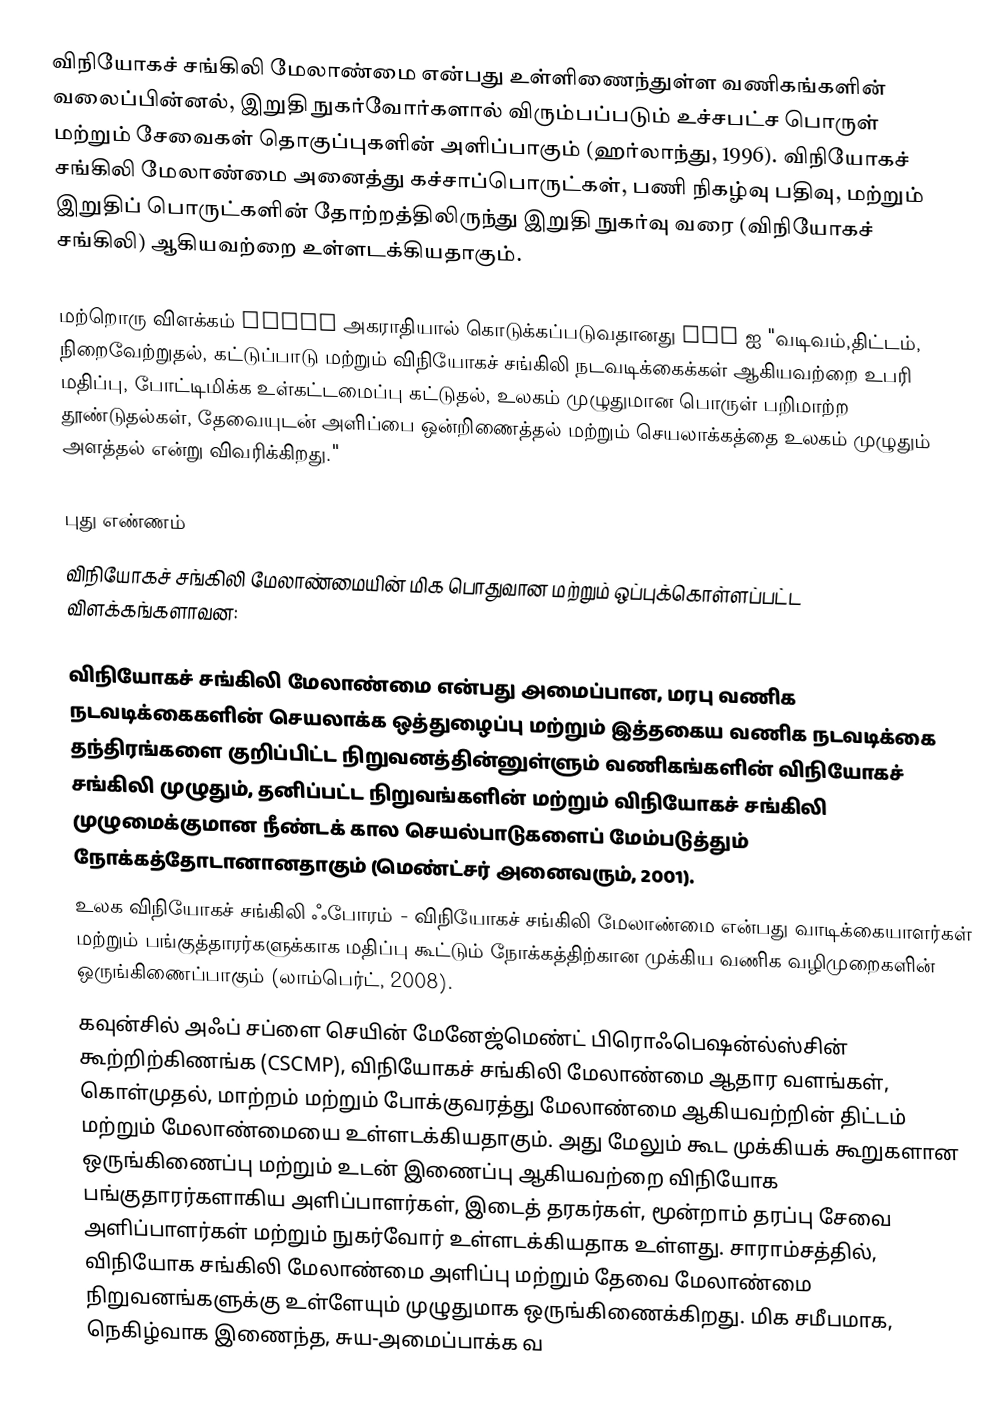
விநியோகச் சங்கிலி மேலாண்மை என்பது உள்ளிணைந்துள்ள வணிகங்களின் வலைப்பின்னல், இறுதி நுகர்வோர்களால் விரும்பப்படும் உச்சபட்ச பொருள் மற்றும் சேவைகள் தொகுப்புகளின் அளிப்பாகும் (ஹர்லாந்து, 1996). விநியோகச் சங்கிலி மேலாண்மை அனைத்து கச்சாப்பொருட்கள், பணி நிகழ்வு பதிவு, மற்றும் இறுதிப் பொருட்களின் தோற்றத்திலிருந்து இறுதி நுகர்வு வரை (விநியோகச் சங்கிலி) ஆகியவற்றை உள்ளடக்கியதாகும்.

மற்றொரு விளக்கம் APICS அகராதியால் கொடுக்கப்படுவதானது SCM ஐ "வடிவம்,திட்டம், நிறைவேற்றுதல், கட்டுப்பாடு மற்றும் விநியோகச் சங்கிலி நடவடிக்கைக்கள் ஆகியவற்றை உபரி மதிப்பு, போட்டிமிக்க உள்கட்டமைப்பு கட்டுதல், உலகம் முழுதுமான பொருள் பறிமாற்ற தூண்டுதல்கள், தேவையுடன் அளிப்பை ஒன்றிணைத்தல் மற்றும் செயலாக்கத்தை உலகம் முழுதும் அளத்தல் என்று விவரிக்கிறது."

புது எண்ணம்
விநியோகச் சங்கிலி மேலாண்மையின் மிக பொதுவான மற்றும் ஒப்புக்கொள்ளப்பட்ட விளக்கங்களாவன:

 விநியோகச் சங்கிலி மேலாண்மை என்பது அமைப்பான, மரபு வணிக நடவடிக்கைகளின் செயலாக்க ஒத்துழைப்பு மற்றும் இத்தகைய வணிக நடவடிக்கை தந்திரங்களை குறிப்பிட்ட நிறுவனத்தின்னுள்ளும் வணிகங்களின் விநியோகச் சங்கிலி முழுதும், தனிப்பட்ட நிறுவங்களின் மற்றும் விநியோகச் சங்கிலி முழுமைக்குமான நீண்டக் கால செயல்பாடுகளைப் மேம்படுத்தும் நோக்கத்தோடானானதாகும் (மெண்ட்சர் அனைவரும், 2001).
 உலக விநியோகச் சங்கிலி ஃபோரம் - விநியோகச் சங்கிலி மேலாண்மை என்பது வாடிக்கையாளர்கள் மற்றும் பங்குத்தாரர்களுக்காக மதிப்பு கூட்டும் நோக்கத்திற்கான முக்கிய வணிக வழிமுறைகளின் ஒருங்கிணைப்பாகும் (லாம்பெர்ட், 2008).
 கவுன்சில் அஃப் சப்ளை செயின் மேனேஜ்மெண்ட் பிரொஃபெஷன்ல்ஸ்சின் கூற்றிற்கிணங்க (CSCMP), விநியோகச் சங்கிலி மேலாண்மை ஆதார வளங்கள், கொள்முதல், மாற்றம் மற்றும் போக்குவரத்து மேலாண்மை ஆகியவற்றின் திட்டம் மற்றும் மேலாண்மையை உள்ளடக்கியதாகும். அது மேலும் கூட முக்கியக் கூறுகளான ஒருங்கிணைப்பு மற்றும் உடன் இணைப்பு ஆகியவற்றை விநியோக பங்குதாரர்களாகிய அளிப்பாளர்கள், இடைத் தரகர்கள், மூன்றாம் தரப்பு சேவை அளிப்பாளர்கள் மற்றும் நுகர்வோர் உள்ளடக்கியதாக உள்ளது. சாராம்சத்தில், விநியோக சங்கிலி மேலாண்மை அளிப்பு மற்றும் தேவை மேலாண்மை நிறுவனங்களுக்கு உள்ளேயும் முழுதுமாக ஒருங்கிணைக்கிறது. மிக சமீபமாக, நெகிழ்வாக இணைந்த, சுய-அமைப்பாக்க வ